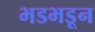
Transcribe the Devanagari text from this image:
भडभडून